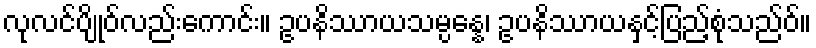
လုလင်ပျိုဝ်လည်းကောင်း။ ဥပနိဿာယသမ္ပန္နေ၊ ဥပနိဿာယနှင့်ပြည့်စုံသည်ဝ်။